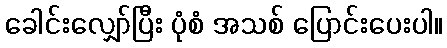
ခေါင်းလျှော်ပြီး ပုံစံ အသစ် ပြောင်းပေးပါ။